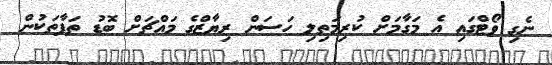
ނެގި ވޯޓްގައި އެ މަގާމަށް ކުރިމަތިލި ހަސަން ރިޔާޒްގެ މައްޗަށް ބޮޑު ތަފާތަކުން